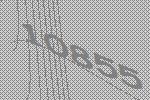
10855